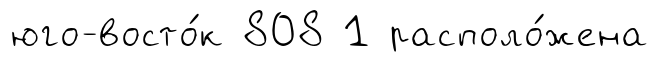
юго-восто́к 808 1 располо́жена